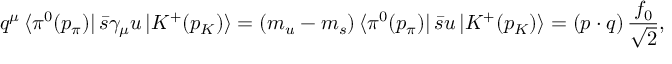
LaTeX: q ^ { \mu } \, \langle \pi ^ { 0 } ( p _ { \pi } ) | \, \bar { s } \gamma _ { \mu } u \, | K ^ { + } ( p _ { K } ) \rangle = ( m _ { u } - m _ { s } ) \, \langle \pi ^ { 0 } ( p _ { \pi } ) | \, \bar { s } u \, | K ^ { + } ( p _ { K } ) \rangle = ( p \cdot q ) \, \frac { f _ { 0 } } { \sqrt { 2 } } ,